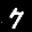
Label: 7